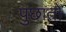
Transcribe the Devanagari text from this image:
पुछातो